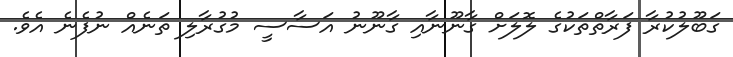
ގަބޫލުކުރާ ފަރާތްތަކުގެ ލޮލަށް ގާނޫނާއި ގާނޫނު އަސާސީ މުގުރާލި ތަނެއް ނުފެނެ އެވެ.